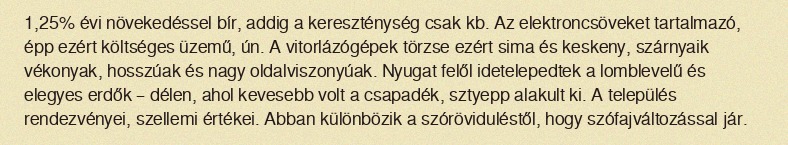
1,25% évi növekedéssel bír, addig a kereszténység csak kb. Az elektroncsöveket tartalmazó, épp ezért költséges üzemű, ún. A vitorlázógépek törzse ezért sima és keskeny, szárnyaik vékonyak, hosszúak és nagy oldalviszonyúak. Nyugat felől idetelepedtek a lomblevelű és elegyes erdők – délen, ahol kevesebb volt a csapadék, sztyepp alakult ki. A település rendezvényei, szellemi értékei. Abban különbözik a szóröviduléstől, hogy szófajváltozással jár.